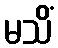
မသိံ